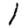
Digit: 1